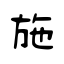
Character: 施